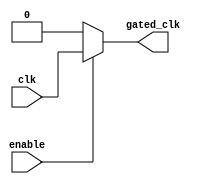
module clock_gating_cell (
    input wire clk,          // Primary clock signal
    input wire enable,       // Enable signal for clock gating
    output reg gated_clk     // Gated clock output
);
    always @(*) begin
        if (enable) begin
            gated_clk = clk; // Follow primary clock when enabled
        end else begin
            gated_clk = 1'b0; // Hold low when disabled
        end
    end
endmodule